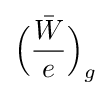
{\bar {{\Bigl (}{\frac {W}{e}}{\Bigr )}}}_{g}